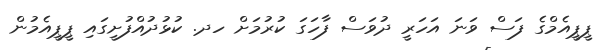
ޕީޕީއެމްގެ ފަސް ވަނަ އަހަރީ ދުވަސް ފާހަގަ ކުރުމަށް ހދ. ކުޅުދުއްފުށީގައި ޕީޕީއެމުން